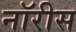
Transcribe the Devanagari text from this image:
नॉरीस